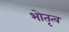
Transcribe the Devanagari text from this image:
भोतृत्व